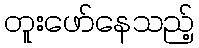
တူးဖော်နေသည့်